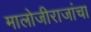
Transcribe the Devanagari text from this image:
मालोजीराजांचा